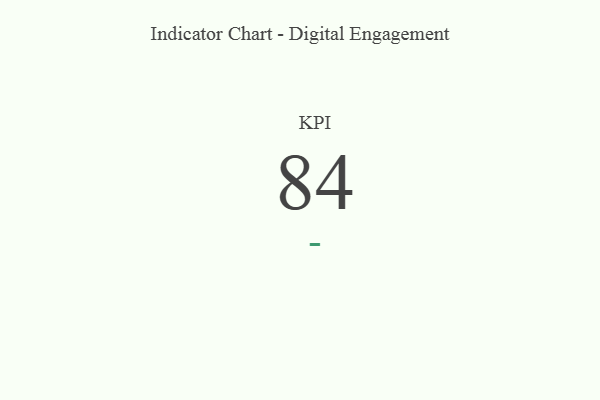
{"axis": {"x": "KPI", "y": "Value"}, "legend": [""], "data": [{"x": "KPI", "y": 84, "type": ""}]}